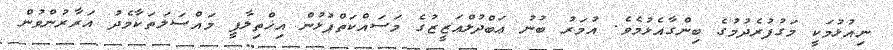
ނިއުޅުމަކީ މަގުފުރެދުމުގެ ބިންގާއެޅުމެވެ. އުމަރު ބުނު ޢަބްދުލްޢަޒީޒުގެ މަސައްކަތްޕުޅުން އިޚްތިލާފީ މައްސަލަތަކާމެދު އަރާރުންވުން